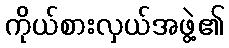
ကိုယ်စားလှယ်အဖွဲ့၏